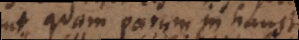
quam parum in haustis